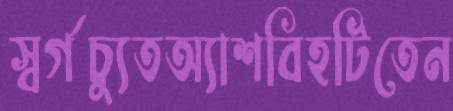
স্বর্গচ্যুতঅ্যাশবিহটিতেন